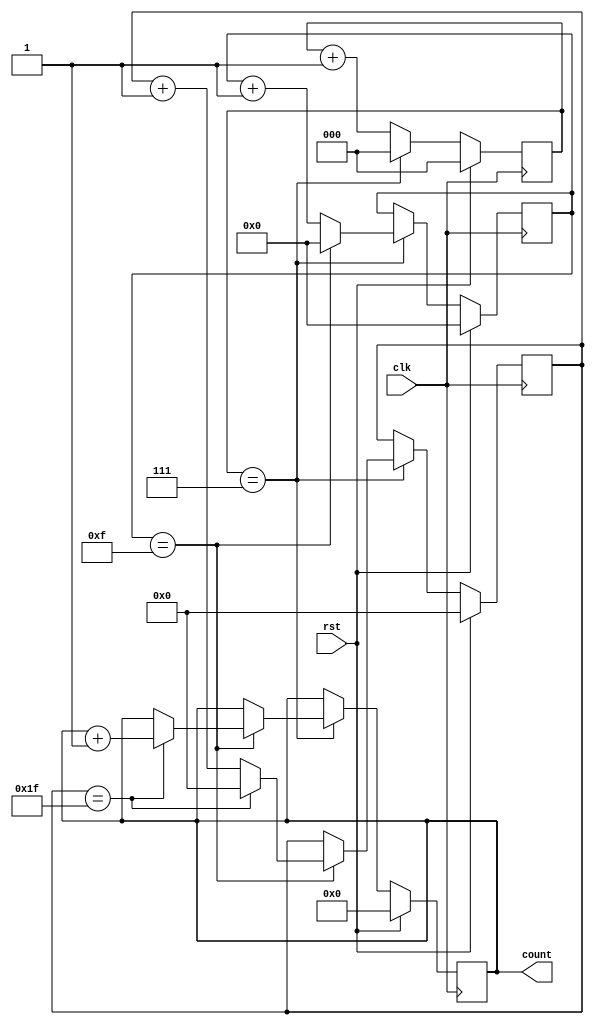
module CascadedCounter(
    input wire clk,
    input wire rst,
    output reg[7:0] count
);

reg[2:0] count_block1;
reg[3:0] count_block2;
reg[4:0] count_block3;

always @(posedge clk) begin
    if (rst) begin
        count <= 8'b0;
        count_block1 <= 3'b0;
        count_block2 <= 4'b0;
        count_block3 <= 5'b0;
    end else begin
        if (count_block1 == 3'd7) begin
            count_block1 <= 3'b0;
            if (count_block2 == 4'd15) begin
                count_block2 <= 4'b0;
                if (count_block3 == 5'd31) begin
                    count_block3 <= 5'b0;
                    count <= count + 1;
                end else begin
                    count_block3 <= count_block3 + 1;
                end
            end else begin
                count_block2 <= count_block2 + 1;
            end
        end else begin
            count_block1 <= count_block1 + 1;
        end
    end
end

endmodule